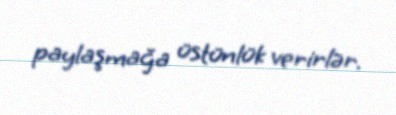
paylaşmağa üstünlük verirlər.